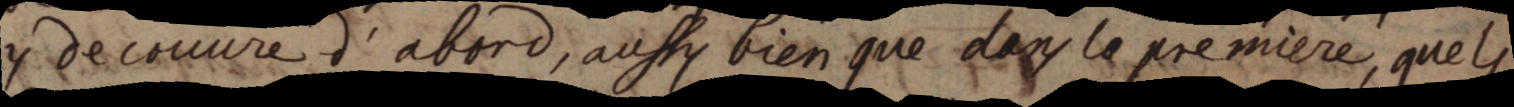
y decouvre d’abord, aussy bien que dans la premiere, quels